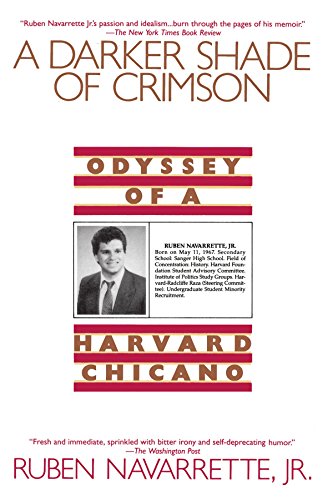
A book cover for A Darker Shade of Crimson: Odyssey of a Harvard Chicano; Ruben Navarrette Jr.; Biographies & Memoirs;